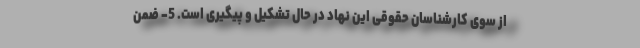
از سوی کارشناسان حقوقی این نهاد در حال تشکیل و پیگیری است. 5- ضمن